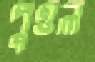
পুত্তল